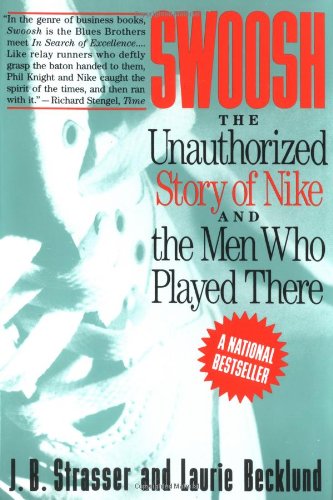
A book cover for Swoosh: Unauthorized Story of Nike and the Men Who Played There, The; J. B. Strasser; Business & Money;